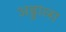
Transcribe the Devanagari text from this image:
अड्डाला